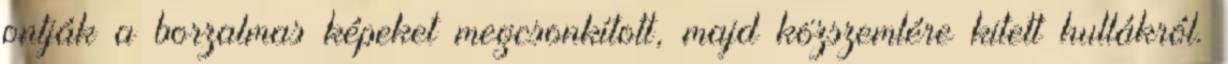
ontják a borzalmas képeket megcsonkított, majd közszemlére kitett hullákról.